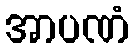
အာပဏံ